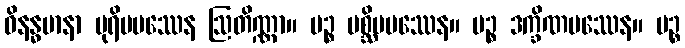
ဝိနန္ဓမာနာ ပုရိမပဿေန ဩတိဏ္ဏာ။ ပဉ္စ ပစ္ဆိမပဿေန။ ပဉ္စ ဒက္ခိဏပဿေန။ ပဉ္စ